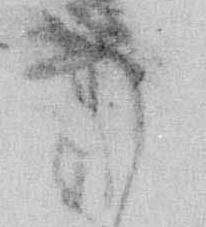
め